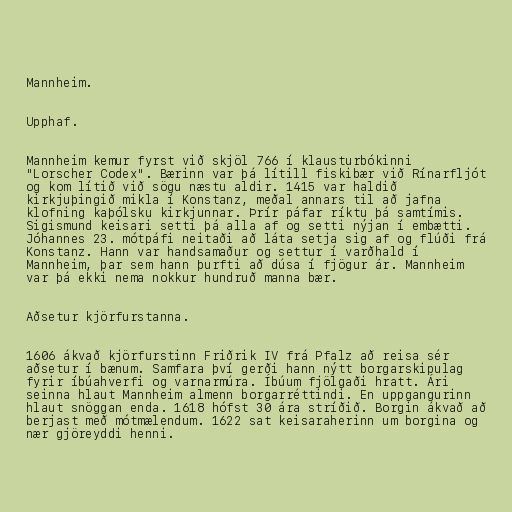
Mannheim.

Upphaf.

Mannheim kemur fyrst við skjöl 766 í klausturbókinni
"Lorscher Codex". Bærinn var þá lítill fiskibær við Rínarfljót
og kom lítið við sögu næstu aldir. 1415 var haldið
kirkjuþingið mikla í Konstanz, meðal annars til að jafna
klofning kaþólsku kirkjunnar. Þrír páfar ríktu þá samtímis.
Sigismund keisari setti þá alla af og setti nýjan í embætti.
Jóhannes 23. mótpáfi neitaði að láta setja sig af og flúði frá
Konstanz. Hann var handsamaður og settur í varðhald í
Mannheim, þar sem hann þurfti að dúsa í fjögur ár. Mannheim
var þá ekki nema nokkur hundruð manna bær.

Aðsetur kjörfurstanna.

1606 ákvað kjörfurstinn Friðrik IV frá Pfalz að reisa sér
aðsetur í bænum. Samfara því gerði hann nýtt borgarskipulag
fyrir íbúahverfi og varnarmúra. Íbúum fjölgaði hratt. Ári
seinna hlaut Mannheim almenn borgarréttindi. En uppgangurinn
hlaut snöggan enda. 1618 hófst 30 ára stríðið. Borgin ákvað að
berjast með mótmælendum. 1622 sat keisaraherinn um borgina og
nær gjöreyddi henni.